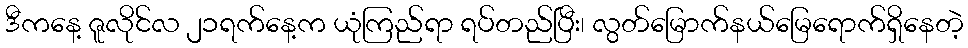
ဒီကနေ့ ဇူလိုင်လ ၂၁ရက်နေ့က ယုံကြည်ရာ ရပ်တည်ပြီး၊ လွတ်မြောက်နယ်မြေရောက်ရှိနေတဲ့